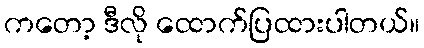
ကတော့ ဒီလို ထောက်ပြထားပါတယ်။